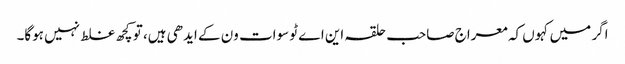
اگر میں کہوں کہ معراج صاحب حلقہ این اے ٹو سوات ون کے ایدھی ہیں، تو کچھ غلط نہیں ہوگا۔